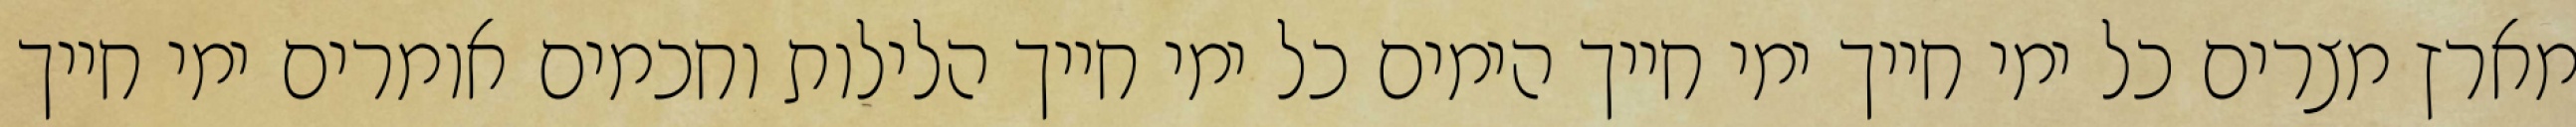
מארץ מצרים כל ימי חייך ימי חייך הימים כל ימי חייך הלילות וחכמים אומרים ימי חייך